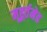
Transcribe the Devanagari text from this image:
मूहूर्तमेढ